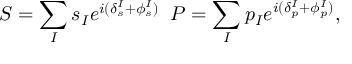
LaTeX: S = \sum _ { I } s _ { I } e ^ { i ( \delta _ { s } ^ { I } + \phi _ { s } ^ { I } ) } \; \; P = \sum _ { I } p _ { I } e ^ { i ( \delta _ { p } ^ { I } + \phi _ { p } ^ { I } ) } ,